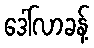
ဒေါ်လာခန့်